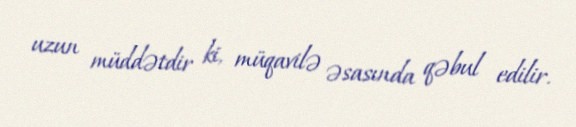
uzun müddətdir ki, müqavilə əsasında qəbul edilir.